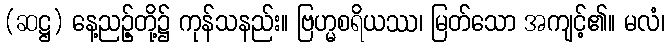
(ဆဋ္ဌ) နေ့ညဉ့်တို့၌ ကုန်သနည်း။ ဗြဟ္မစရိယဿ၊ မြတ်သော အကျင့်၏။ မလံ၊